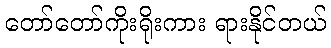
တော်တော်ကိုးရိုးကား ရားနိုင်တယ်